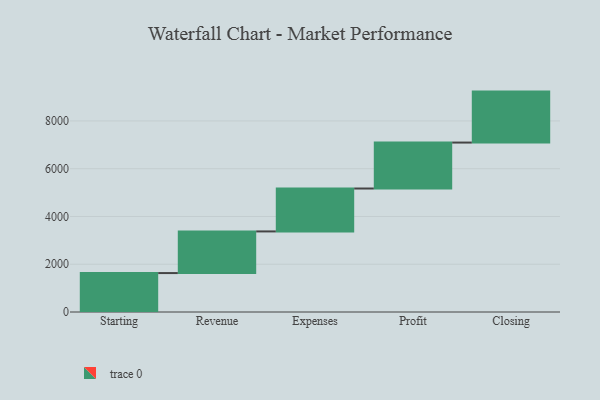
{"axis": {"x": "Step", "y": "Value"}, "legend": [""], "data": [{"x": "Starting", "y": 1630.0, "type": ""}, {"x": "Revenue", "y": 1744.0, "type": ""}, {"x": "Expenses", "y": 1797.0, "type": ""}, {"x": "Profit", "y": 1924.0, "type": ""}, {"x": "Closing", "y": 2134.0, "type": ""}]}